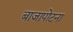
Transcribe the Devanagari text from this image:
बाजापोटना